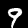
Digit: 9